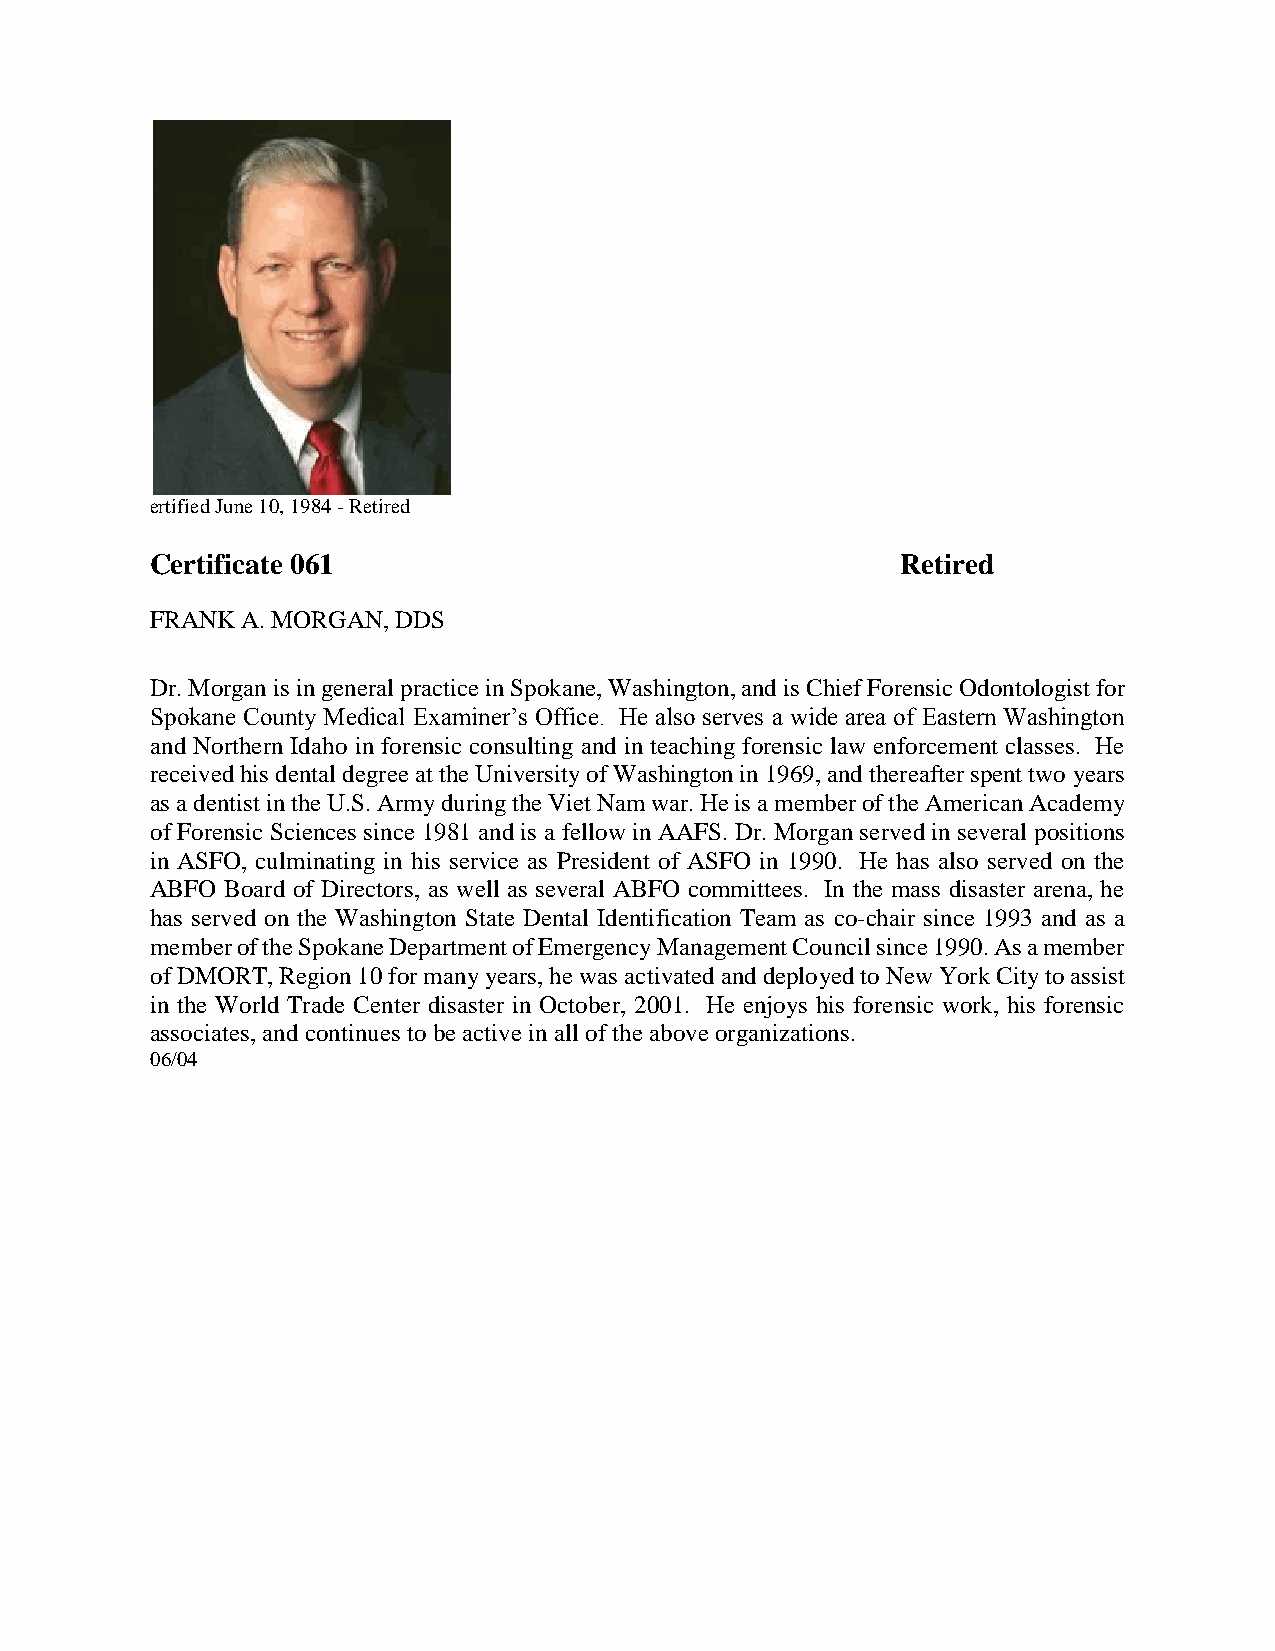
ertified June 10, 1984 - Retired
 Certificate 061                                   Retired
 FRANK A. MORGAN, DDS
 Dr. Morgan is in general practice in Spokane, Washington, and is Chief Forensic Odontologist for
 Spokane County Medical Examiner’s Office. He also serves a wide area of Eastern Washington
 and Northern Idaho in forensic consulting and in teaching forensic law enforcement classes. He
 received his dental degree at the University of Washington in 1969, and thereafter spent two years
 as a dentist in the U.S. Army during the Viet Nam war. He is a member of the American Academy
 of Forensic Sciences since 1981 and is a fellow in AAFS. Dr. Morgan served in several positions
 in ASFO, culminating in his service as President of ASFO in 1990. He has also served on the
 ABFO Board of Directors, as well as several ABFO committees. In the mass disaster arena, he
 has served on the Washington State Dental Identification Team as co-chair since 1993 and as a
 member of the Spokane Department of Emergency Management Council since 1990. As a member
 of DMORT, Region 10 for many years, he was activated and deployed to New York City to assist
 in the World Trade Center disaster in October, 2001. He enjoys his forensic work, his forensic
 associates, and continues to be active in all of the above organizations.
 06/04